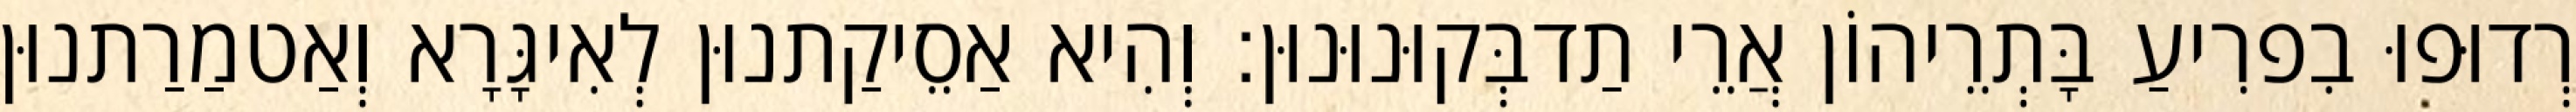
רְדוּפוּ בִפרִיעַ בָּתְרֵיהוֹן אֲרֵי תַדבְּקוּנוּנוּן׃ וְהִיא אַסֵיקַתנוּן לְאִיגָּרָא וְאַטמַרַתנוּן